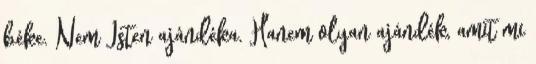
béke. Nem Isten ajándéka. Hanem olyan ajándék, amit mi